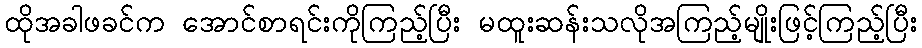
ထိုအခါဖခင်က အောင်စာရင်းကိုကြည့်ပြီး မထူးဆန်းသလိုအကြည့်မျိုးဖြင့်ကြည့်ပြီး